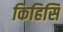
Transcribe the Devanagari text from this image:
किहिसि